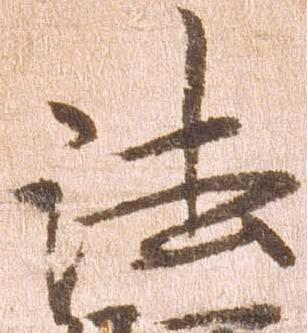
法